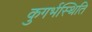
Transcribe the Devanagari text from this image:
कुगर्भस्थिति